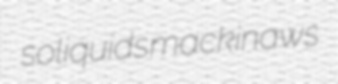
soliquids mackinaws